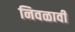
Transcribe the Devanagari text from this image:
निवळावी